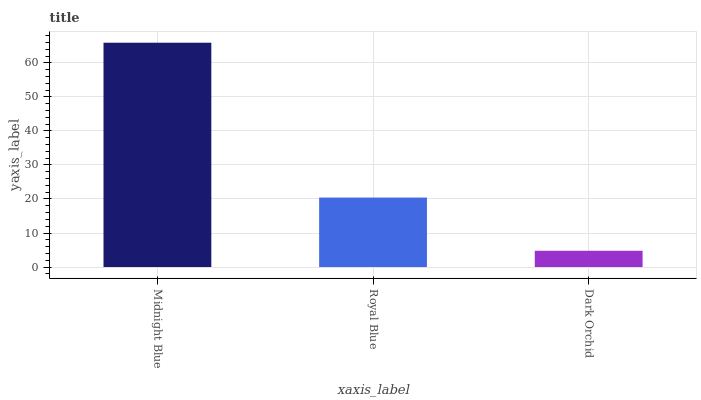
| xaxis_label | bars |
 | --- | --- |
 | Midnight Blue | 65.9 |
 | Royal Blue | 20.4 |
 | Dark Orchid | 4.78 |